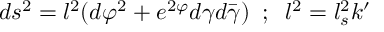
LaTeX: d s ^ { 2 } = l ^ { 2 } ( d \varphi ^ { 2 } + e ^ { 2 \varphi } d \gamma d \bar { \gamma } ) \; \; ; \; \; l ^ { 2 } = l _ { s } ^ { 2 } k ^ { \prime }